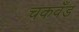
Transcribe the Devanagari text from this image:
चकवँड़